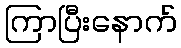
ကြာပြီးနောက်